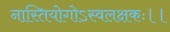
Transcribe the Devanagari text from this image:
नास्तियोगोऽस्वलक्षकः।।